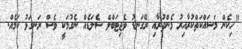
"ހިކެން މަސައްކަތްކުރާއިރު މެންދުރާއި ރޭގަނޑު ވެޖިޓަބްލް ސެލަޑެއް ނެގުމަކީ ވެސް ރަނގަޅު ކަމެއް.